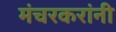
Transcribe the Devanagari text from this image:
मंचरकरांनी